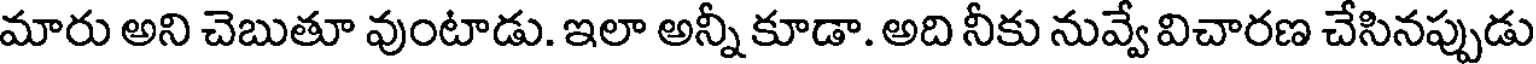
మారు అని చెబుతూ వుంటాడు. ఇలా అన్నీ కూడా. అది నీకు నువ్వే విచారణ చేసినప్పుడు